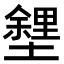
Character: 𡒟